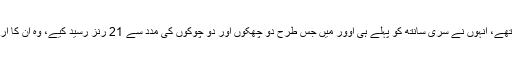
عمران نذیر بہت خطرناک موڈ میں تھے، انہوں نے سری سانتھ کو پہلے ہی اوور میں جس طرح دو چھکوں اور دو چوکوں کی مدد سے 21 رنز رسید کیے، وہ ان کا ارادہ ظاہر کرنے کے لیے کافی تھے۔